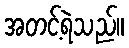
အတင့်ရဲသည်။